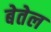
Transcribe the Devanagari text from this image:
बेतेल